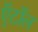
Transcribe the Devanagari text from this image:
ऍटॉल